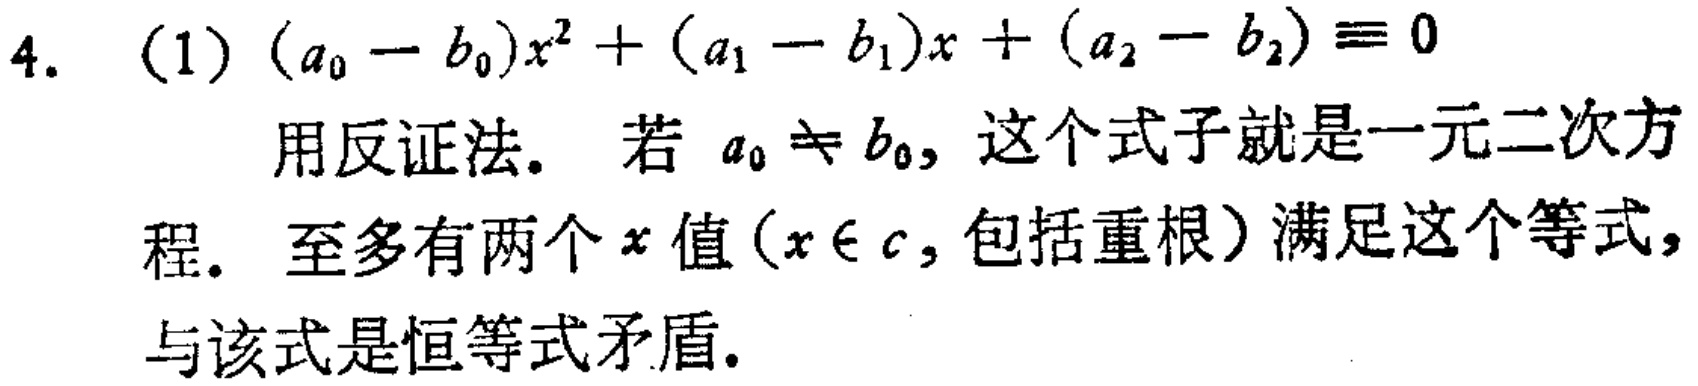
4. (1) \((a_0 - b_0)x^2 + (a_1 - b_1)x + (a_2 - b_2) \equiv 0\)

用反证法. 若 \(a_0 \neq b_0\), 这个式子就是一元二次方程. 至多有两个 \(x\) 值 (\(x \in c\), 包括重根) 满足这个等式, 与该式是恒等式矛盾.